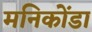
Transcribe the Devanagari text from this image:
मनिकोंडा